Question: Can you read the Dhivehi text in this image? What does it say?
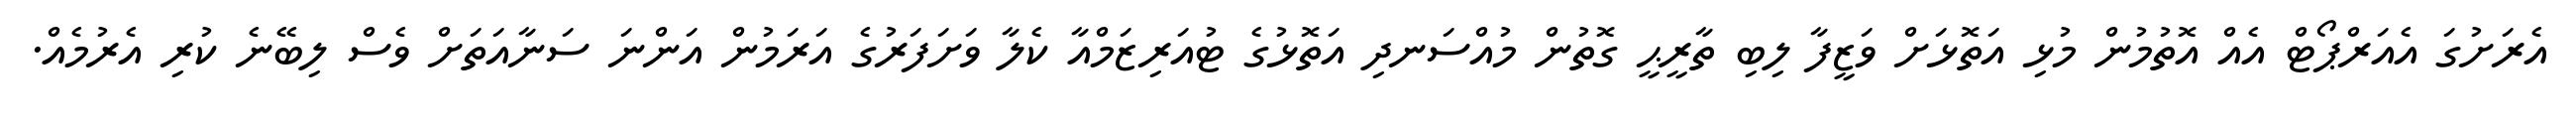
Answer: އެރަށުގަ އެއަރްޕޯޓް އެއް އޮތުމުން މުޅި އަތޮޅަށް ވަޒީފާ ލިބި ތާރީޙީ ގޮތުން މުއްސަނދި އަތޮޅުގެ ޓުއަރިޒަމްއާ ކެލާ ވަށަފަރުގެ އަރަމުން އަންނަ ސަނާއަތަށް ވެސް ލިބޭނެ ކުރި އެރުމެއް.